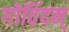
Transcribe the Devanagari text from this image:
गोविंदन्